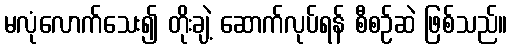
မလုံလောက်သေး၍ တိုးချဲ့ ဆောက်လုပ်ရန် စီစဉ်ဆဲ ဖြစ်သည်။